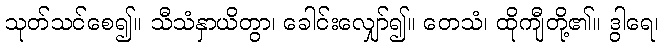
သုတ်သင်စေ၍။ သီသံနှာယိတွာ၊ ခေါင်းလျှော်၍။ တေသံ၊ ထိုကျီတို့၏။ ဒွါရေ၊